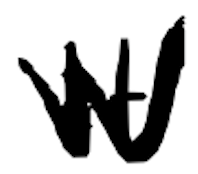
Text: It
Cross-out: zig-zag
Writing tool: digital_black